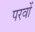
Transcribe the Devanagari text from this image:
परवों